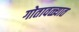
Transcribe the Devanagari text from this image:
गोतावळ्यात